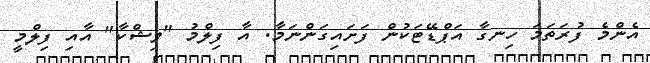
އެންމެ ފުރަތަމަ ހިނގާ އަޕްޑޭޓަކުން ފަށައިގަންނަމާ. އާ ފިލްމު "ވިޝްކާ" އާއި ފިލްމީ